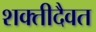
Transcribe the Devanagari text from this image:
शक्तीदैवत